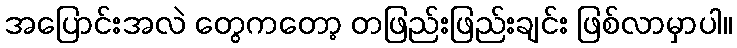
အပြောင်းအလဲ တွေကတော့ တဖြည်းဖြည်းချင်း ဖြစ်လာမှာပါ။